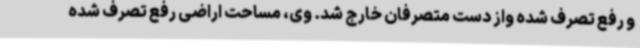
و رفع تصرف شده واز دست متصرفان خارج شد. وی، مساحت اراضی رفع تصرف شده